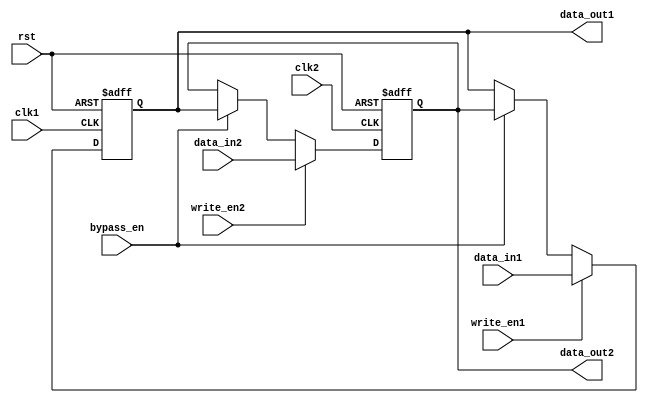
module DualPortBypassRegister (
    input clk1, // clock signal for port 1
    input clk2, // clock signal for port 2
    input rst, // reset signal
    input [31:0] data_in1, // input data for port 1
    input [31:0] data_in2, // input data for port 2
    input write_en1, // write enable for port 1
    input write_en2, // write enable for port 2
    input bypass_en, // enable bypass condition
    output reg [31:0] data_out1, // output data for port 1
    output reg [31:0] data_out2 // output data for port 2
);

reg [31:0] reg1, reg2;

always @(posedge clk1 or posedge rst) begin
    if (rst) begin
        reg1 <= 0;
    end else begin
        if (write_en1) begin
            reg1 <= data_in1;
        end else if (bypass_en) begin
            reg1 <= reg2;
        end
    end
end

always @(posedge clk2 or posedge rst) begin
    if (rst) begin
        reg2 <= 0;
    end else begin
        if (write_en2) begin
            reg2 <= data_in2;
        end else if (bypass_en) begin
            reg2 <= reg1;
        end
    end
end

assign data_out1 = reg1;
assign data_out2 = reg2;

endmodule